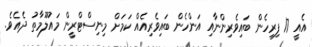
އެއީ 17 ފިރިހެން ބައިވެރިންނާއި އަންހެން ބައިވެރިއެއް ކަމަށް މިނިސްޓްރީން މައުލޫމާތު ދެއެވެ.